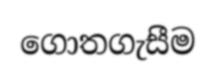
ගොතගැසීම